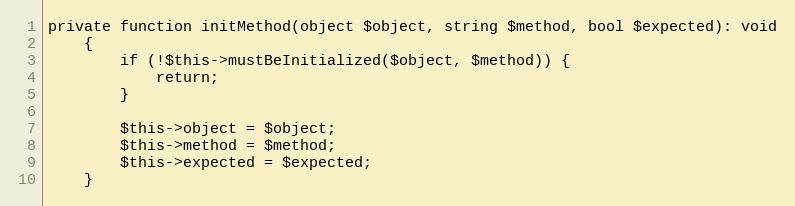
Language: PHP
private function initMethod(object $object, string $method, bool $expected): void
    {
        if (!$this->mustBeInitialized($object, $method)) {
            return;
        }

        $this->object = $object;
        $this->method = $method;
        $this->expected = $expected;
    }